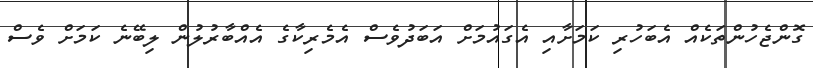
ގޮންޖެހުންތަކެއް އެބަހުރި ކަމަށާއި އެގައުމަށް އަބަދުވެސް އެމެރިކާގެ އެއްބާރުލުން ލިބޭނެ ކަމަށް ވެސް